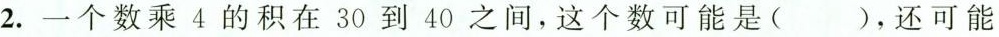
2.一个数乘4的积在30到40之间，这个数可能是( )，还可能